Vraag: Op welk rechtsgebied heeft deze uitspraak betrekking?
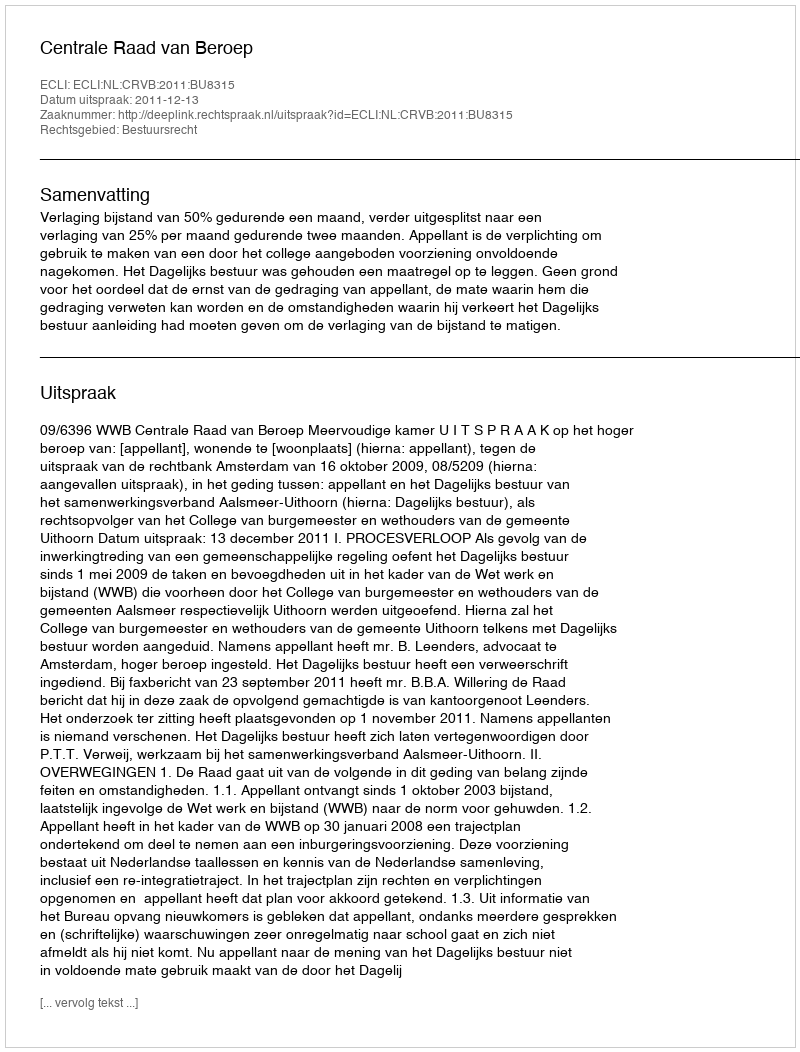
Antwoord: Bestuursrecht